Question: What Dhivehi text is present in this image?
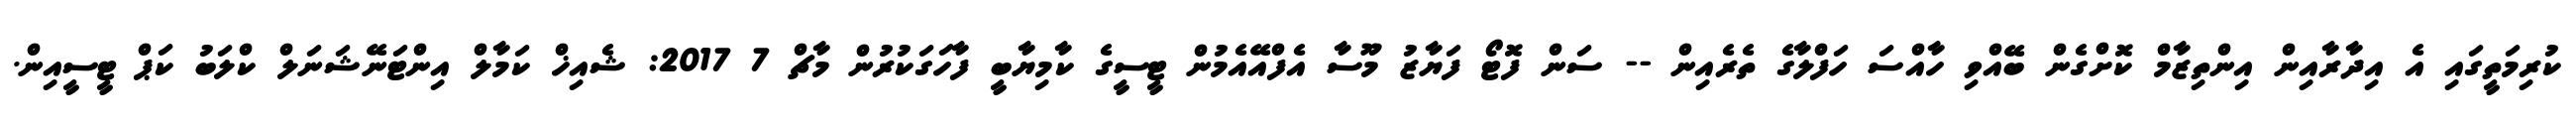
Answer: ކުރިމަތީގައި އެ އިދާރާއިން އިންތިޒާމް ކޮށްގެން ބޭއްވި ހާއްސަ ހަފްލާގެ ތެރެއިން -- ސަން ފޮޓޯ ފަޔާޒު މޫސާ އެފްއޭއެމުން ޓީސީގެ ކާމިޔާބީ ފާހަގަކުރުން މާޗް 7 2017: ޝެއިޚް ކަމާލް އިންޓަނޭޝަނަލް ކްލަބު ކަޕް ޓީސީއިން.